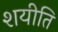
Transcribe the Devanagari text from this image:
शयीति